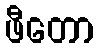
ဖီတော